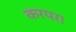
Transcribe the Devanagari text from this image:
करपरा